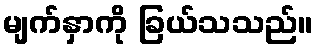
မျက်နှာကို ခြယ်သသည်။